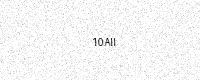
Text: 10AII